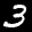
Label: 3